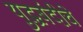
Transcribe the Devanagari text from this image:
युद्धबंदीचे